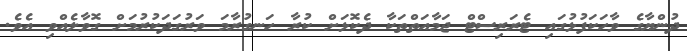
ދުންޔާގެ ވާހަކަފުޅުގައި ޓެރަރިސްޓް ޖަމާއަތްތަކާ ދެކޮޅަށް ކުރާ ހަނގުރާމަ ވަރުގަދަކުރުމަށް ގޮވާލެއްވި އެވެ.